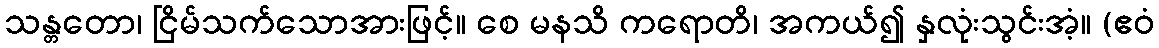
သန္တတော၊ ငြိမ်သက်သောအားဖြင့်။ စေ မနသိ ကရောတိ၊ အကယ်၍ နှလုံးသွင်းအံ့။ (ဧဝံ